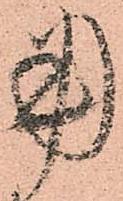
用